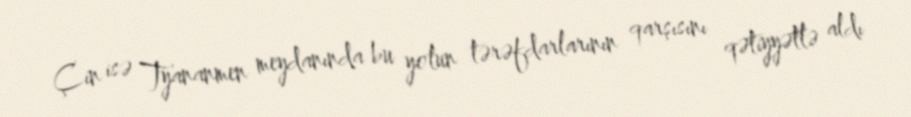
Çin isə Tyananmen meydanında bu yolun tərəfdarlarının qarşısını qətiyyətlə aldı